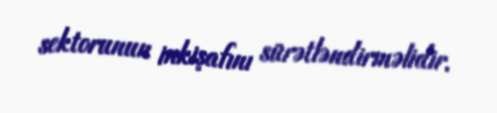
sektorunun inkişafını sürətləndirməlidir.